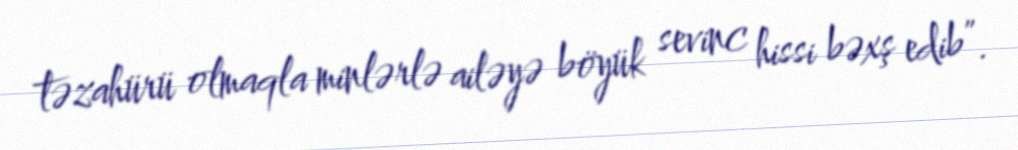
təzahürü olmaqla minlərlə ailəyə böyük sevinc hissi bəxş edib”.